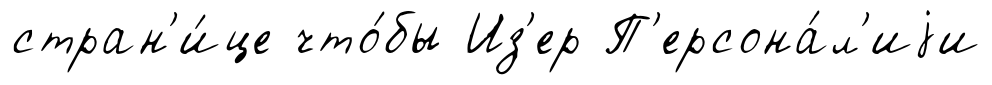
стран'и́це что́бы Из'ер П'ерсона́л'иjи